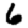
Digit: 6